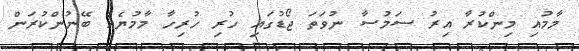
މާމުއި މިންކުރާ އިރު ސަމުސާ ނުވަތަ ޖޯޑުގައި ހުރި ހުރިހާ މާމުޔެއް ބޭނުންކުރަން